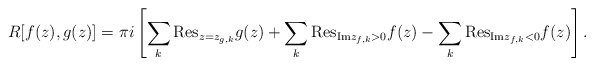
\begin{align*}R[f(z),g(z)]=\pi i\left [ \sum_k {\mathrm{Res}}_{z=z_{g,k}}g(z)+\sum_{k}{\mathrm{Res}}_{{\mathrm{Im}}z_{f,k}>0}f(z)-\sum_{k}{\mathrm{Res}}_{{\mathrm{Im}}z_{f,k}<0}f(z)\right ].\end{align*}